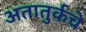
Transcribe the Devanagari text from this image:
अतातुर्कचे